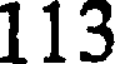
113